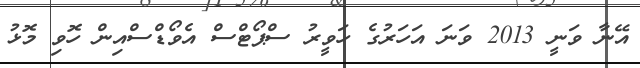
އޭނާ ވަނީ 2013 ވަނަ އަހަރުގެ ހަވީރު ސްޕޯޓްސް އެވޯޑްސްއިން ހޮވި މޮޅު